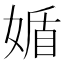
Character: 𡟈